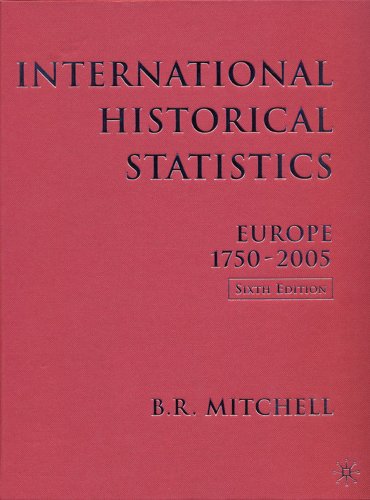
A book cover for International Historical Statistics: Europe, 1750-2005; Brian R. Mitchell; History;